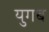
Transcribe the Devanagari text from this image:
युगब